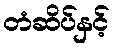
တံဆိပ်နှင့်